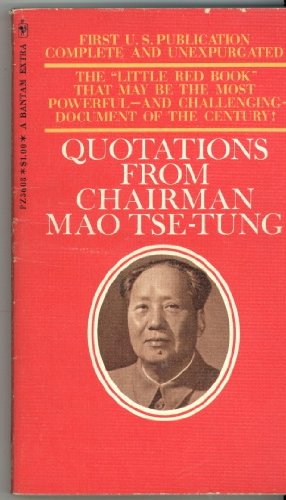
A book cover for Quotations from Chairman Mao (LIttle Red Book); Mao Tse-Tung; Biographies & Memoirs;